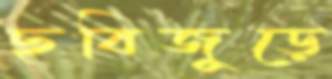
ছবিজুড়ে